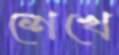
শেখে